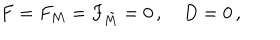
F = F _ { M } = F _ { \tilde { M } } = 0 \, , \quad D = 0 \, ,